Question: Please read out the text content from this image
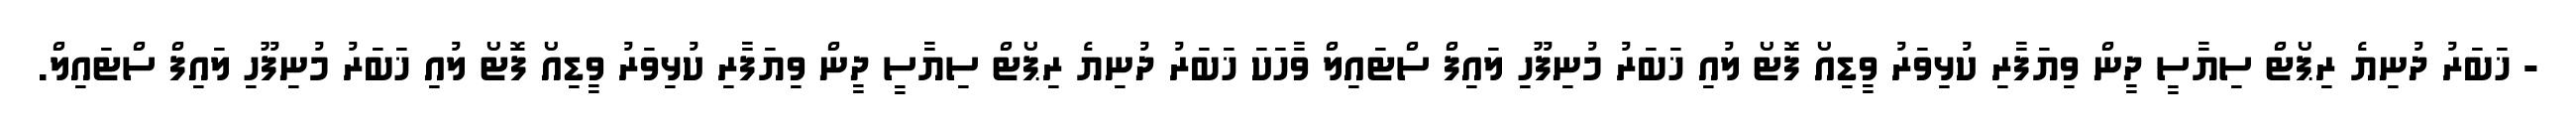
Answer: - ޚަބަރު ދުނިޔެ ރިޕޯޓް ސިޔާސީ ދީން ވިޔަފާރި ކުޅިވަރު ވީޑިއޯ ފޮޓޯ ލުއި ޚަބަރު މުނިފޫހި ލައިފް ސްޓައިލް ވާހަކަ ޚަބަރު ދުނިޔެ ރިޕޯޓް ސިޔާސީ ދީން ވިޔަފާރި ކުޅިވަރު ވީޑިއޯ ފޮޓޯ ލުއި ޚަބަރު މުނިފޫހި ލައިފް ސްޓައިލް.